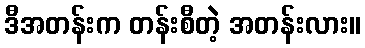
ဒီအတန်းက တန်းစီတဲ့ အတန်းလား။